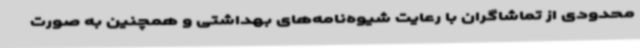
محدودی از تماشاگران با رعایت شیوه‌نامه‌های بهداشتی و همچنین به صورت